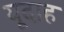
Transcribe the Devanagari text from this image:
यूदाह